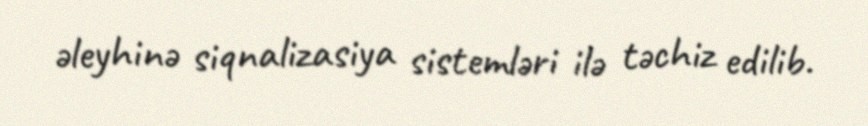
əleyhinə siqnalizasiya sistemləri ilə təchiz edilib.